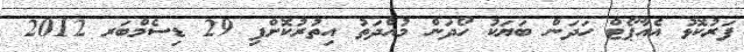
ފަރުކޮޅު އެއާޕޯޓް ހަދަން ބަޔަކު ހޯދަން މުއްދަތު އިތުރުކޮށްފި 29 ޑިސެމްބަރ 2012